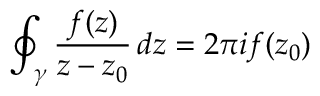
\oint _ { \gamma } { \frac { f ( z ) } { z - z _ { 0 } } } \, d z = 2 \pi i f ( z _ { 0 } )